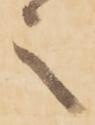
之